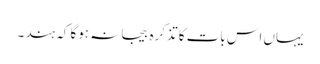
یہاں اس بات کا تذکرہ بیجا نہ ہوگا کہ ہند ۔